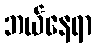
ဘယ်နေရာ